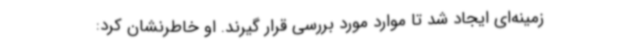
زمینه‌ای ایجاد شد تا موارد مورد بررسی قرار گیرند. او خاطرنشان کرد: